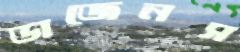
ডাজেনস